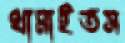
থামাইতস